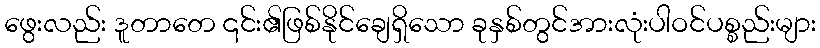
ဖွေးလည်း ဒူတာတေ ၎င်း၏ဖြစ်နိုင်ချေရှိသော ခုနှစ်တွင်အားလုံးပါဝင်ပစ္စည်းများ